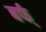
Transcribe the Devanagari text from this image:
बर्फ्